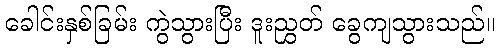
ခေါင်းနှစ်ခြမ်း ကွဲသွားပြီး ဒူးညွှတ် ခွေကျသွားသည်။